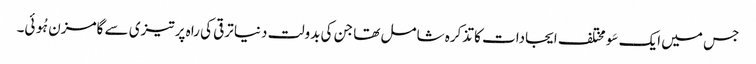
جس میں ایک سَو مختلف ایجادات کا تذکرہ شامل تھا جن کی بدولت دنیا ترقی کی راہ پر تیزی سے گامزن ہُوئی۔